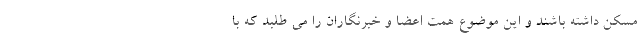
مسکن داشته باشند و این موضوع همت اعضا و خبرنگاران را می طلبد که با